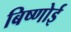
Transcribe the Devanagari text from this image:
बिष्णोई